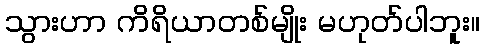
သွားဟာ ကိရိယာတစ်မျိုး မဟုတ်ပါဘူး။